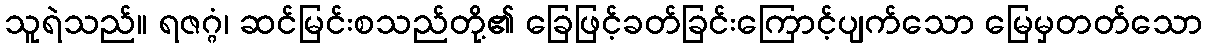
သူရဲသည်။ ရဇဂ္ဂံ၊ ဆင်မြင်းစသည်တို့၏ ခြေဖြင့်ခတ်ခြင်းကြောင့်ပျက်သော မြေမှတတ်သော